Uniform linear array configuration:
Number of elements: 16
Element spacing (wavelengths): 0.75
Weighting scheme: blackman
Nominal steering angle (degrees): -15
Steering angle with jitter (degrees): -16.068
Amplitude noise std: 0.05
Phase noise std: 0.05

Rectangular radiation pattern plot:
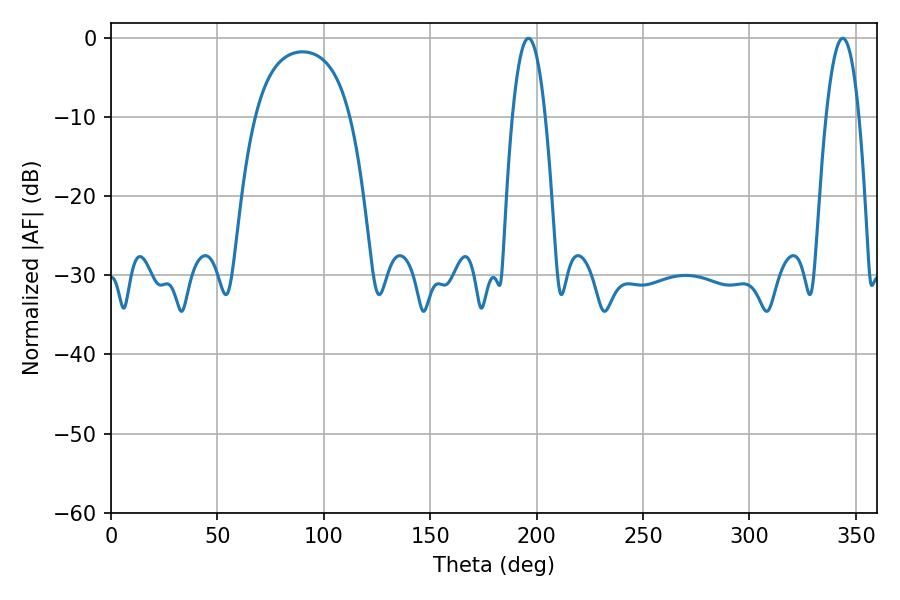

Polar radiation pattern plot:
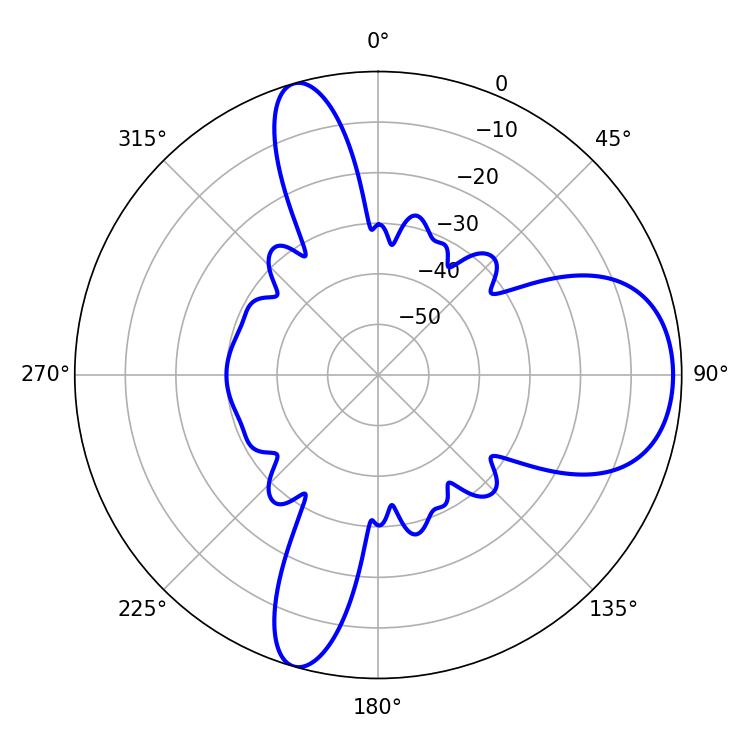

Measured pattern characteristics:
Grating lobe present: TRUE
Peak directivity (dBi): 8.802
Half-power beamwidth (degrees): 8.64
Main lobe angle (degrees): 343.8